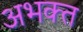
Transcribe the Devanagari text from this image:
अभक्‍त